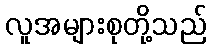
လူအများစုတို့သည်